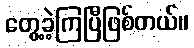
တွေ့ခဲ့ကြပြီဖြစ်တယ်။